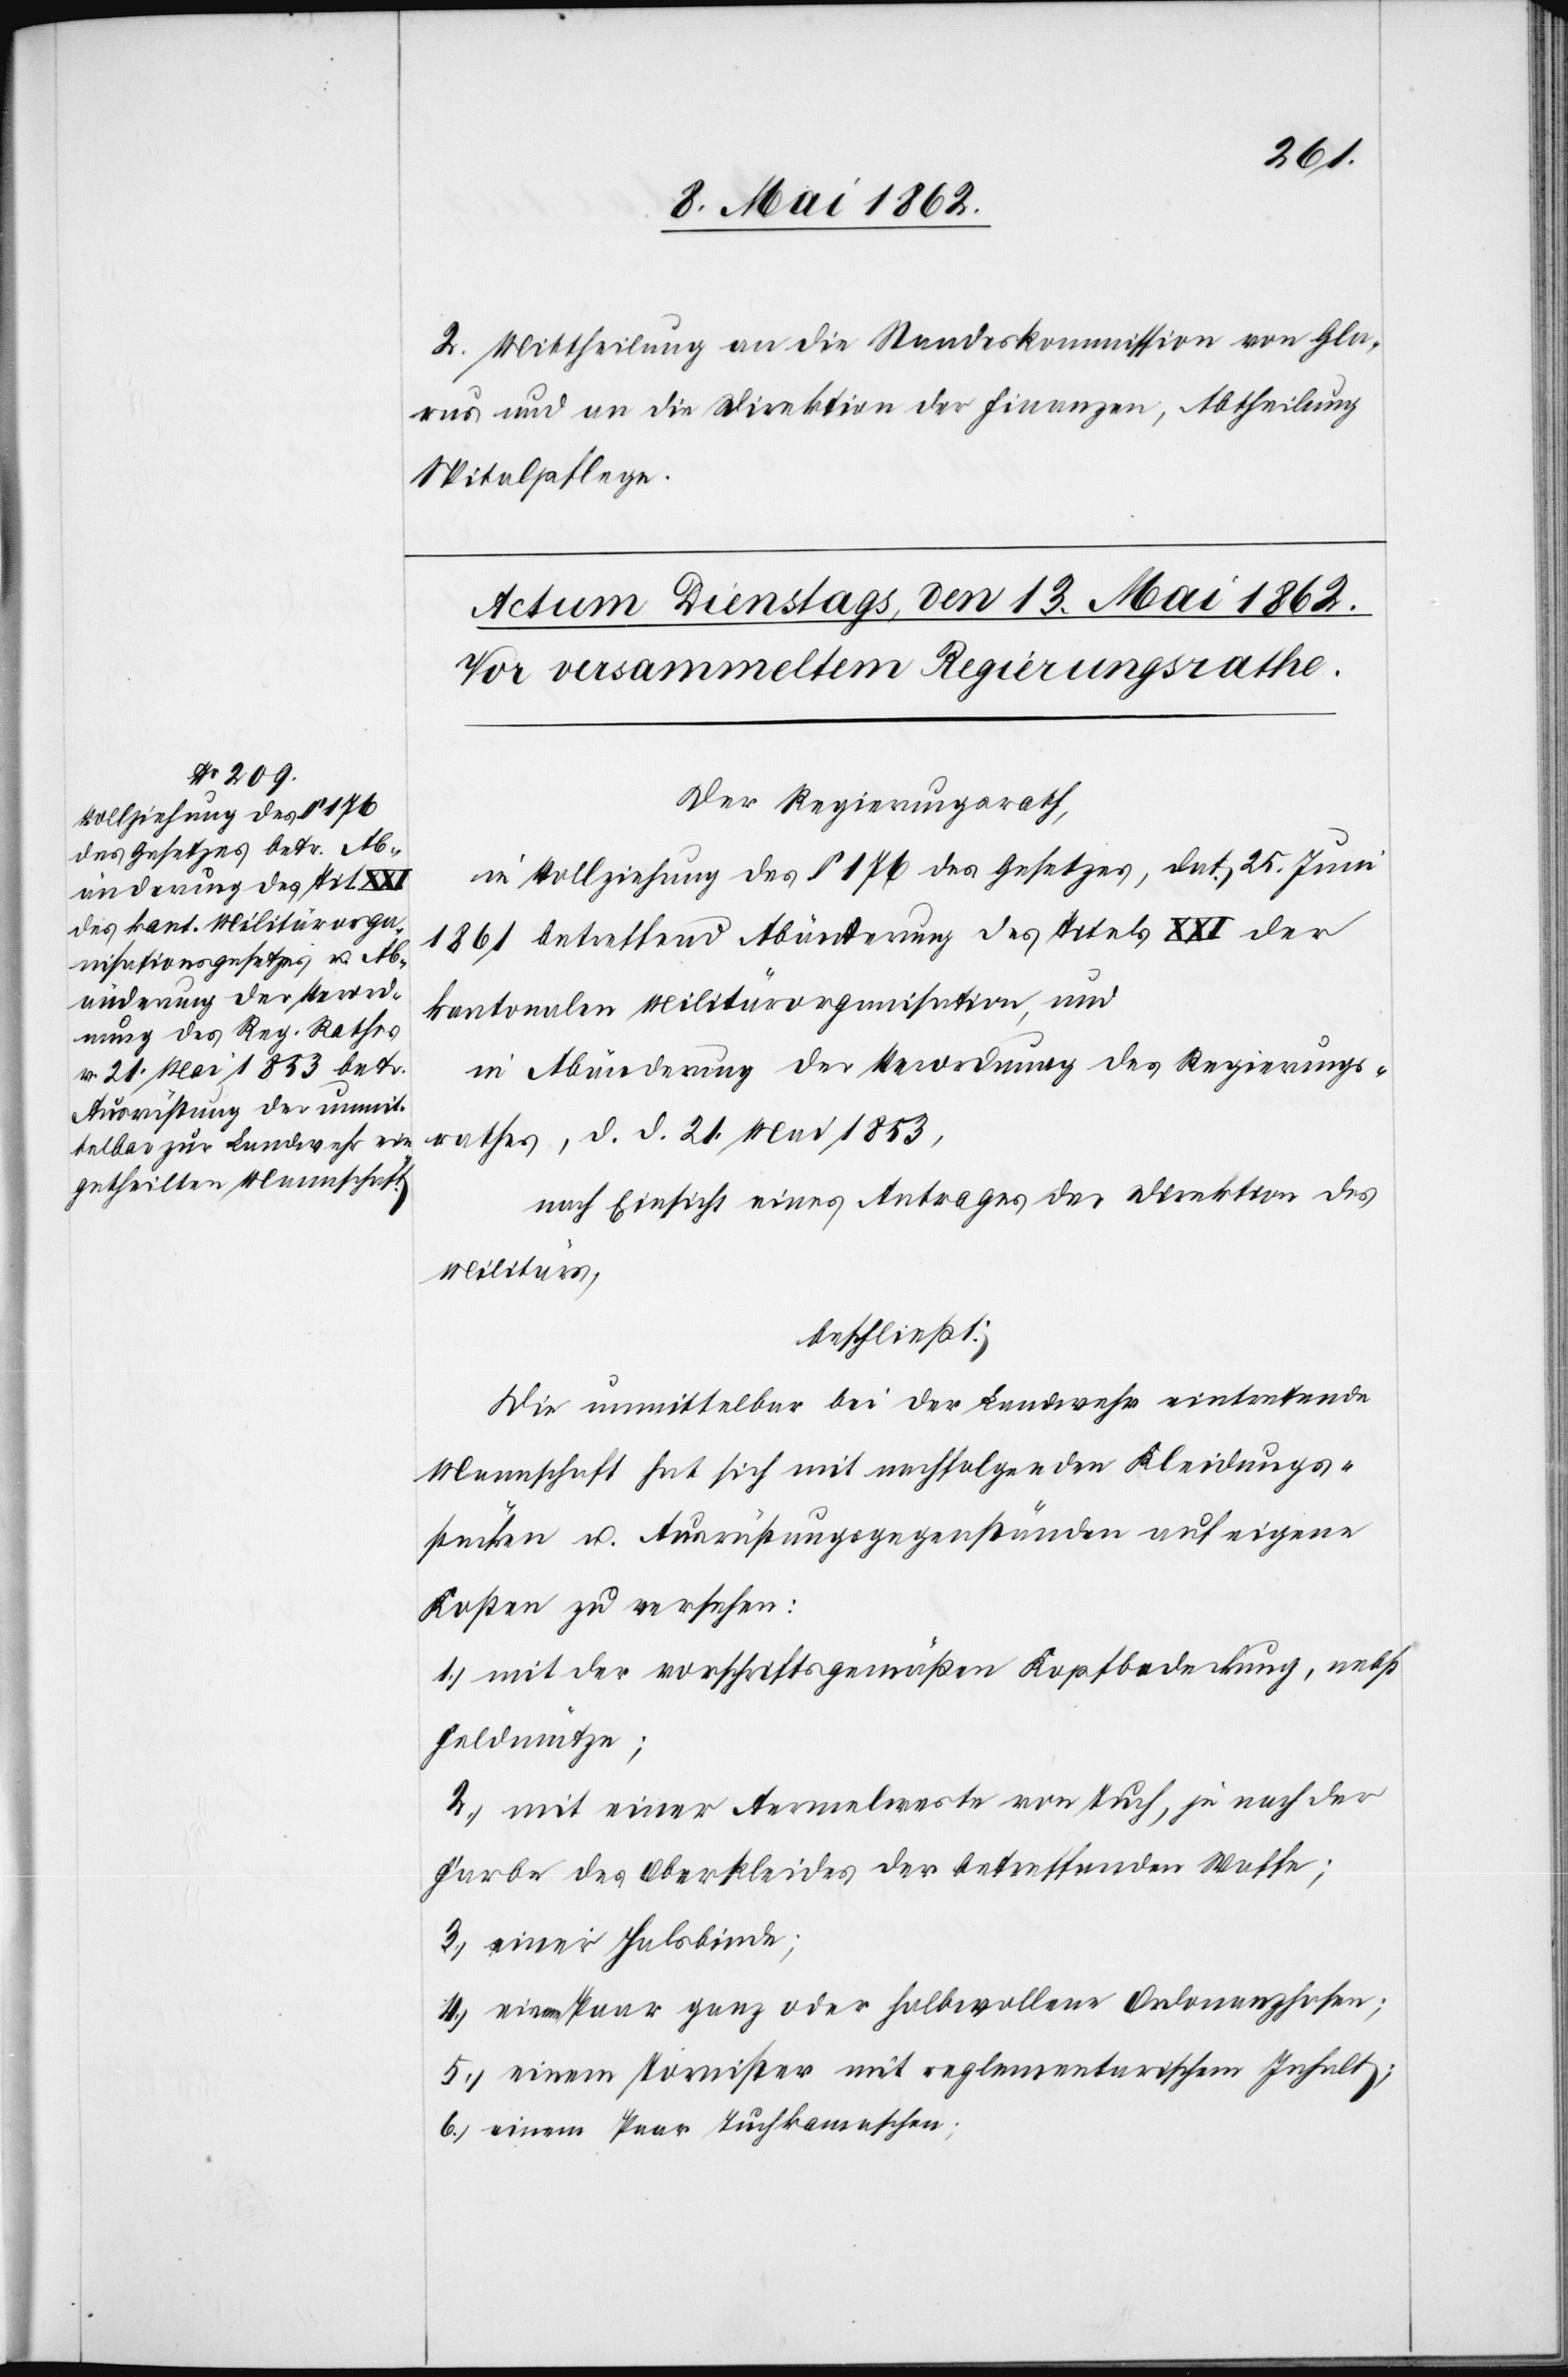
2. Mittheilung an die Standeskommission von Gla¬
rus und an die Direktion der Finanzen, Abtheilung
Spitalpflege.
Der Regierungsrath,
in Vollziehung des §. 171 des Gesetzes, dat. 25. Juni
1861 betreffend Abänderung des Titels XXI der
kantonalen Militärorganisation, und
in Abänderung der Verordnung des Regierungs¬
rathes, d. d. 21. Mai 1853,
nach Einsicht eines Antrages der Direktion des
Militärs,
beschließt:
Die unmittelbar bei der Landwehr eintretende
Mannschaft hat sich mit nachfolgenden Kleidungs¬
stücken u. Ausrüstungsgegenständen auf eigene
Kosten zu versehen:
1. mit der vorschriftsgemäßen Kopfbedeckung, nebst
Geldmütze;
2. mit einer Aermelweste von Tuch, je nach der
Farbe des Oberkleides der betreffenden Waffe;
3. einer Halsbinde;
4. einem Paar ganz oder halbwollene Ordonanzhosen;
5. einem Tornister mit reglementarischem Inhalt;
6. einem Paar Tuchkamaschen;